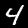
Digit: 4